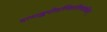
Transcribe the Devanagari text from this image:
वामाङ्कपीठस्थितदिव्यशक्तिम्